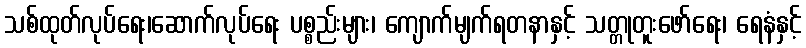
သစ်ထုတ်လုပ်ရေး၊ဆောက်လုပ်ရေး ပစ္စည်းများ၊ ကျောက်မျက်ရတနာနှင့် သတ္တုတူးဖော်ရေး၊ ရေနံနှင့်